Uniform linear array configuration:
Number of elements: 32
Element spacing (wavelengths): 0.25
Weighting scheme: hamming
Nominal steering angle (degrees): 30
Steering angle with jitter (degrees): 28.734
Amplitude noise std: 0.05
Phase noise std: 0.05

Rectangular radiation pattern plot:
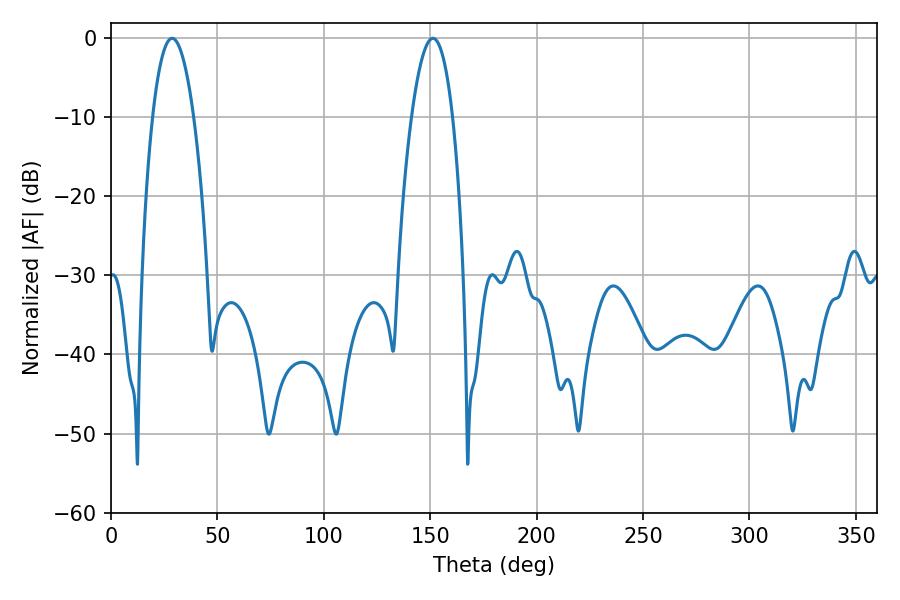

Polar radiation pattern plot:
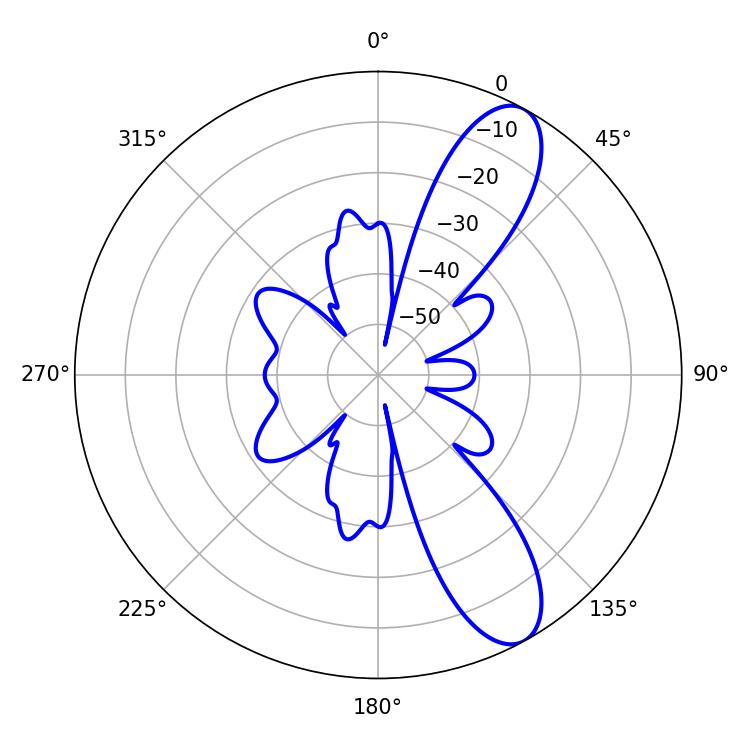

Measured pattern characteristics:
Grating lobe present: FALSE
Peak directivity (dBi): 10.166
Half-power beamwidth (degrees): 10.62
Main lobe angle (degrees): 28.8